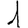
Digit: 1